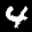
Label: 4